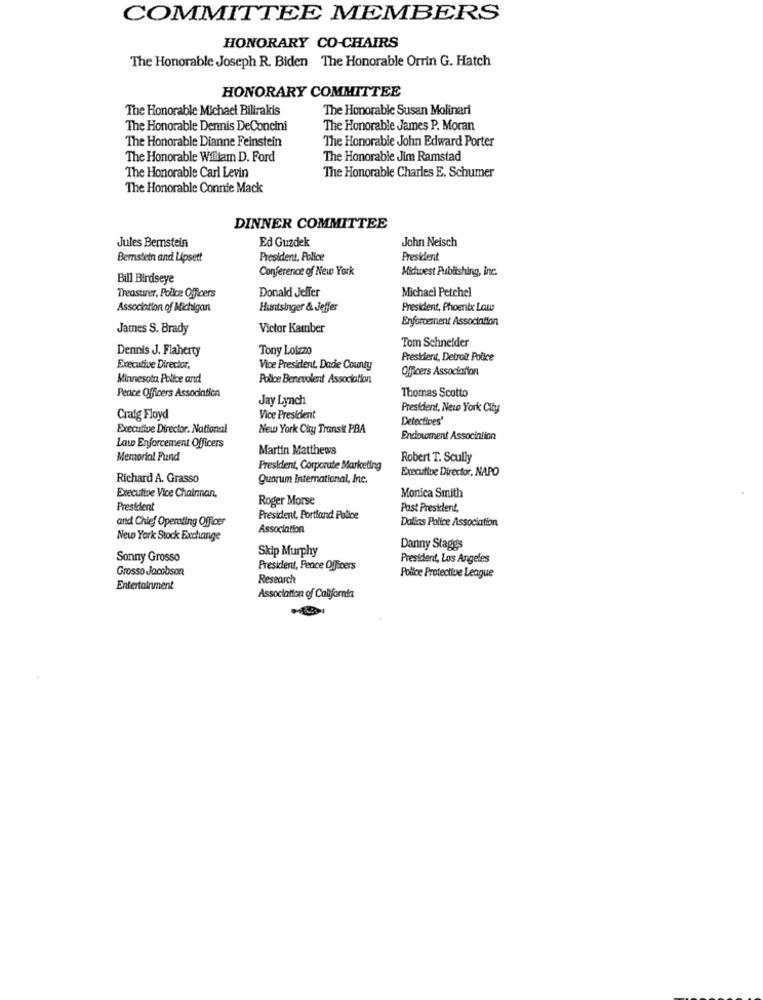
COMMITTEE MEMBERS
HONORARY CO-CHAIRS
The Honorable Joseph R. Biden The Honorable Orrin G. Hatch
HONORARY COMMITTEE
The Honorable Michael Bilirakis
The Honorable Susan Molinari
The Honorable Dennis DeConcini
The Honorable James P. Moran
The Honorable Dianne Feinstein
The Honorable John Edward Porter
The Honorable Wiliam D. Ford
The Honorable Jim Ramstad
The Honorable Charles E. Schumer
The Honorable Carl Levin
The Honorable Connie Mack
DINNER COMMITTEE
John Neisch
Jules Bemstein
Ed Guzdek
Bernstein and Lipsett
President, Police
President
Conference of New York
Midwest Publishing, inc.
Bill Birdseye
Donald Jeffer
Michael Petchel
Treasurer, Police Officers
Association of Michigan
Huntsinger & Jeffer
President, Phoenix Law
Enforcement Association
James S. Brady
Victor Kamber
Tom Schneider
Dennis J. Flaherty
Tony Lotzzo
Prestient, Detroit Police
Executive Director.
Vice President, Dade County
Officers Association
Minnesota Police and
Police Benevolent Association
Peace Officers Association
Thomas Scotto
Jay Lynch
President, New York City
Craig Floyd
Vice President
Detectives'
Executive Director. National
New York City Transit PBA
Endouxnent Association
Law Enforcement Officers
Martin Matthews
Memorial Fund
Robert T. Scully
President, Corporate Marketing
Executive Director, NAPO
Richard A. Grasso
guarum International, Inc.
Monica Smith
Executive Vice Chairman,
Roger Morse
President
Past President,
and Chief Operating Officer
President, Portland Police
Dallas Police Association
Association
New York Stock Exchange
Skip Murphy
Danny Staggs
Sonny Grosso
President, Los Angeles
Grosso Jacobson
President, Fence Officers
Research
Police Protective League
Entertainment
Association of California